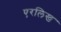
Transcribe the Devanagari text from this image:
एरलिख